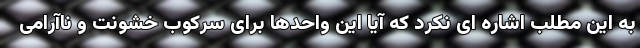
به این مطلب اشاره ای نکرد که آیا این واحدها برای سرکوب خشونت و ناآرامی